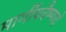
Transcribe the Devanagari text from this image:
मार्गीयवैष्णवों